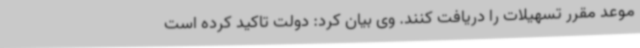
موعد مقرر تسهیلات را دریافت کنند. وی بیان کرد: دولت تاکید کرده است